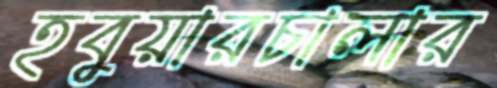
হবুয়ারচালার